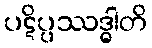
ပဋိပ္ပဿဒ္ဓါတိ